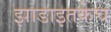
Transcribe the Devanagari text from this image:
झाडाइतकेच